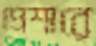
প্রেশারে